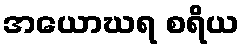
အယောဃရ စရိယ